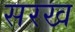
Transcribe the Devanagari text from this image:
सरख